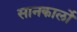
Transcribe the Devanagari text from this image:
सानकार्लो